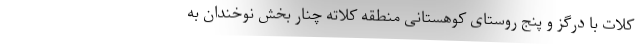
کلات با درگز و پنج روستای کوهستانی منطقه کلاته چنار بخش نوخندان به